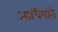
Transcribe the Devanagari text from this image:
आधिपति